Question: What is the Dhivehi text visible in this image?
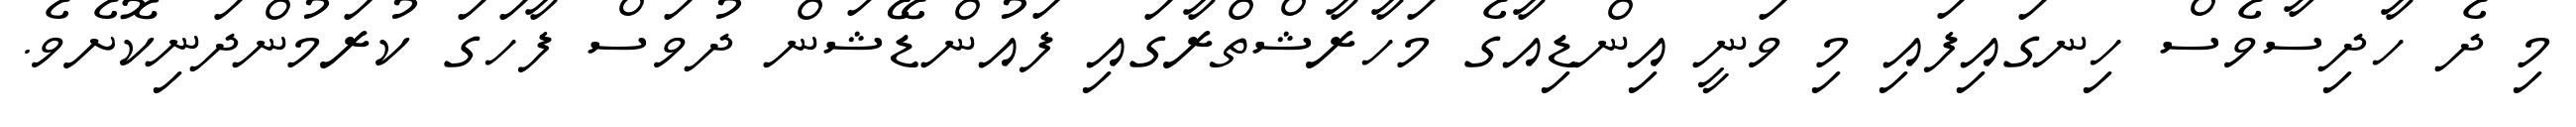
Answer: މި ދެ ހާދިސާވެސް ހިނގައިފައި މި ވަނީ އިންޑިއާގެ މަހާރާޝްތްރާގައި ފައުންޑޭޝަން ދުވަސް ފާހަގަ ކުރަމުންދަނިކޮށެވެ.